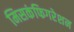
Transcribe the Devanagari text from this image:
मिसकंफिगरेशन